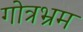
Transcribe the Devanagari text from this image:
गोत्रभ्रम